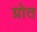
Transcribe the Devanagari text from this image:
ग्रोत